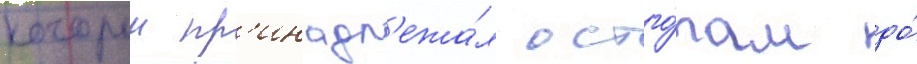
которыи пр'инадл'ежа́л остго́там до́